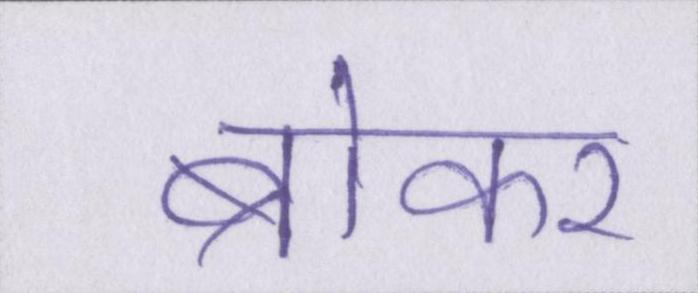
ब्रोकर